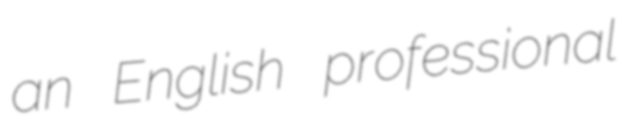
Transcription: an English professional